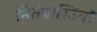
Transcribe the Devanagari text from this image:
नितंबास्तियों